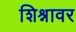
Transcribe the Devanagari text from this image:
शिश्नावर